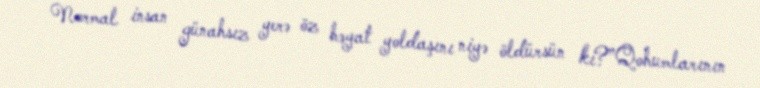
Normal insan günahsız yerə öz həyat yoldaşını niyə öldürsün ki?”Qohumlarının